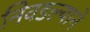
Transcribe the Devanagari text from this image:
निवडल्याने